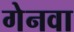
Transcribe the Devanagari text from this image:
गेनवा